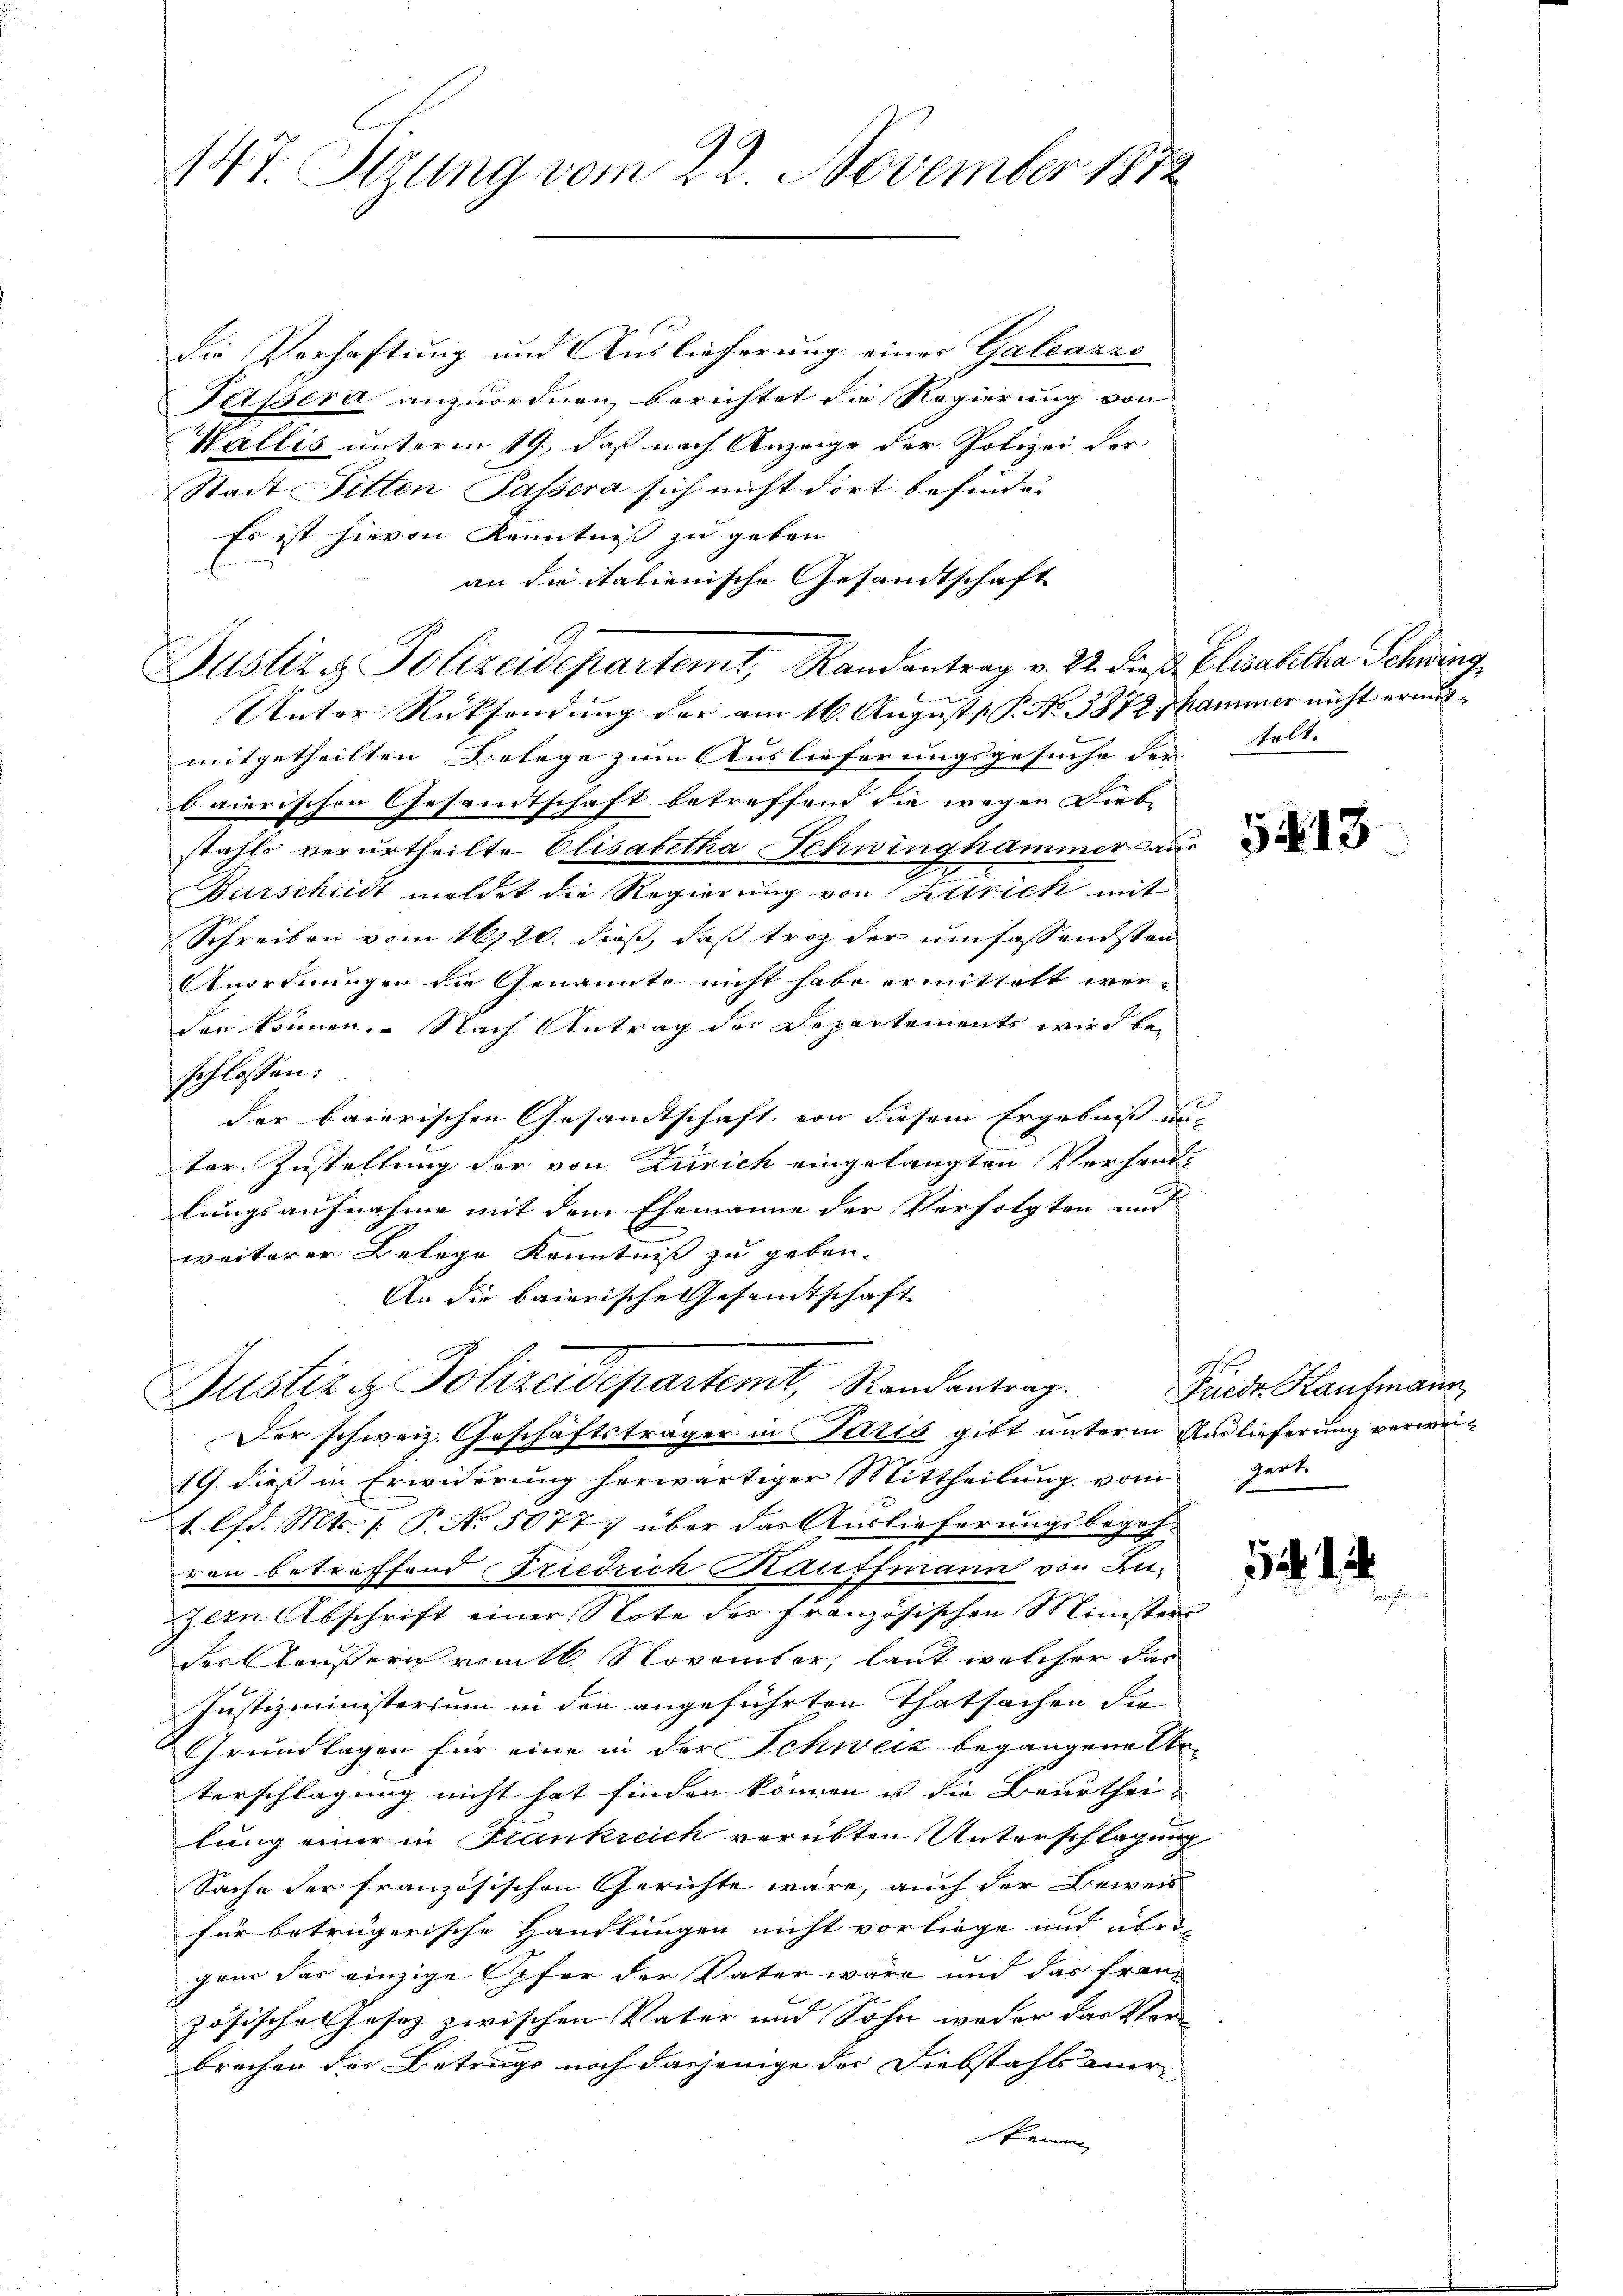
147. Sizung vom 22. November 1872

die Verhaftung und Auslieferung einer Galcazzo
Tassera anzuordnen, berichtet die Regierung von
Wallis unterm 19., daß nach Anzeige der Polizei der
Stadt Sitten Passera sich nicht dort befinden
Es ist hievon Kenntniß zu geben
an die italienische Gesandtschaft
Justiz & Polizeidepartemt, Randantrag v. 22. dieß. Elisabetha Schwing
Unter Rücksendung der am 16. August P. No. 3872 hammer nicht ermitmitgetheilten Belege zum Auslieferungsgesuche der telte
baierischen Gesandtschaft betreffend die wegen Dieb-
stahls verurtheilte Elisabetha Schwinghammer aus
7
Burscheidt meldet die Regierung von Attrich mit
Schreiben vom 16120. dieß, daß trotz der umfassendsten
Anordnungen die Genannte nicht habe ermittelt werden können. Nach Antrag des Departements wird beschlossen:
der baierischen Gesandtschaft von diesem Ergebniß mit
ter Zustellung der von Zürich eingelangten Verhandlungsaufnahme mit dem Ehemanne der Verfolgten und
weiterer Belage Kenntniß zu geben.
An die baierische Gesandtschaft
Justiz & Polizeidepartemt, Randantrag.
Der schweiz. Geschäftsträger in Paris gibt unterm Auslieferung verwei¬
19. dieß in Erwiderung herwärtiger Mittheilung vom gert
1. lfd. Mts. 1. P. No. 5077 über das Auslieferungsbegehren betreffend Friedrich Kauffmann von Luzern Abschrift einer Note des französischen Minister
des Aeußerich vom 16. November, laut welcher das
Justizministerium in den angeführten Thatsachen die
Grundlagen für eine in der Schweiz begangene An¬
Vorschlagung nicht hat finden können u die Beurtheilung einer in Frankreich verübten Unterschlagung
Sache der französischen Gerichte wäre, auch der Beweis
für betrügerische Handlungen nicht vorliege und übrigeur das einzige Opfer der Vater wäre und das französischel Josez zwischen Vater und Sohn weder das Ver-
brechen des Betrugs noch dasjenige der Diebstahls anerkeine

5413

Friede Kaufmann

1